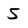
Character: 5